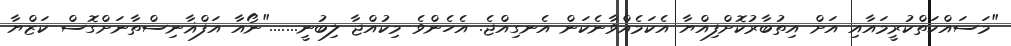
"މަސައްކަތްކުރީމައާއި އަށް އިތުބާރުކޮށްފިއްޔާ އެކަމެއްވާނެކަން އެނގިއްޖެ. އެހެންވެ މިކުއްޖާ ލިބުނީ......."ނޯއާ އަފްޣާނިސްތާނަށްގޮސް ކަޒްޔާ